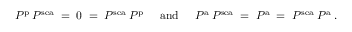
P ^ { \mathrm { \scriptsize { p } } } \: P ^ { \mathrm { \scriptsize { s e a } } } \; = \; 0 \; = \; P ^ { \mathrm { \scriptsize { s e a } } } \: P ^ { \mathrm { \scriptsize { p } } } \; \; \; \; \; { \mathrm { a n d } } \; \; \; \; \; P ^ { \mathrm { \scriptsize { a } } } \: P ^ { \mathrm { \scriptsize { s e a } } } \; = \; P ^ { \mathrm { \scriptsize { a } } } \; = \; P ^ { \mathrm { \scriptsize { s e a } } } \: P ^ { \mathrm { \scriptsize { a } } } \; .